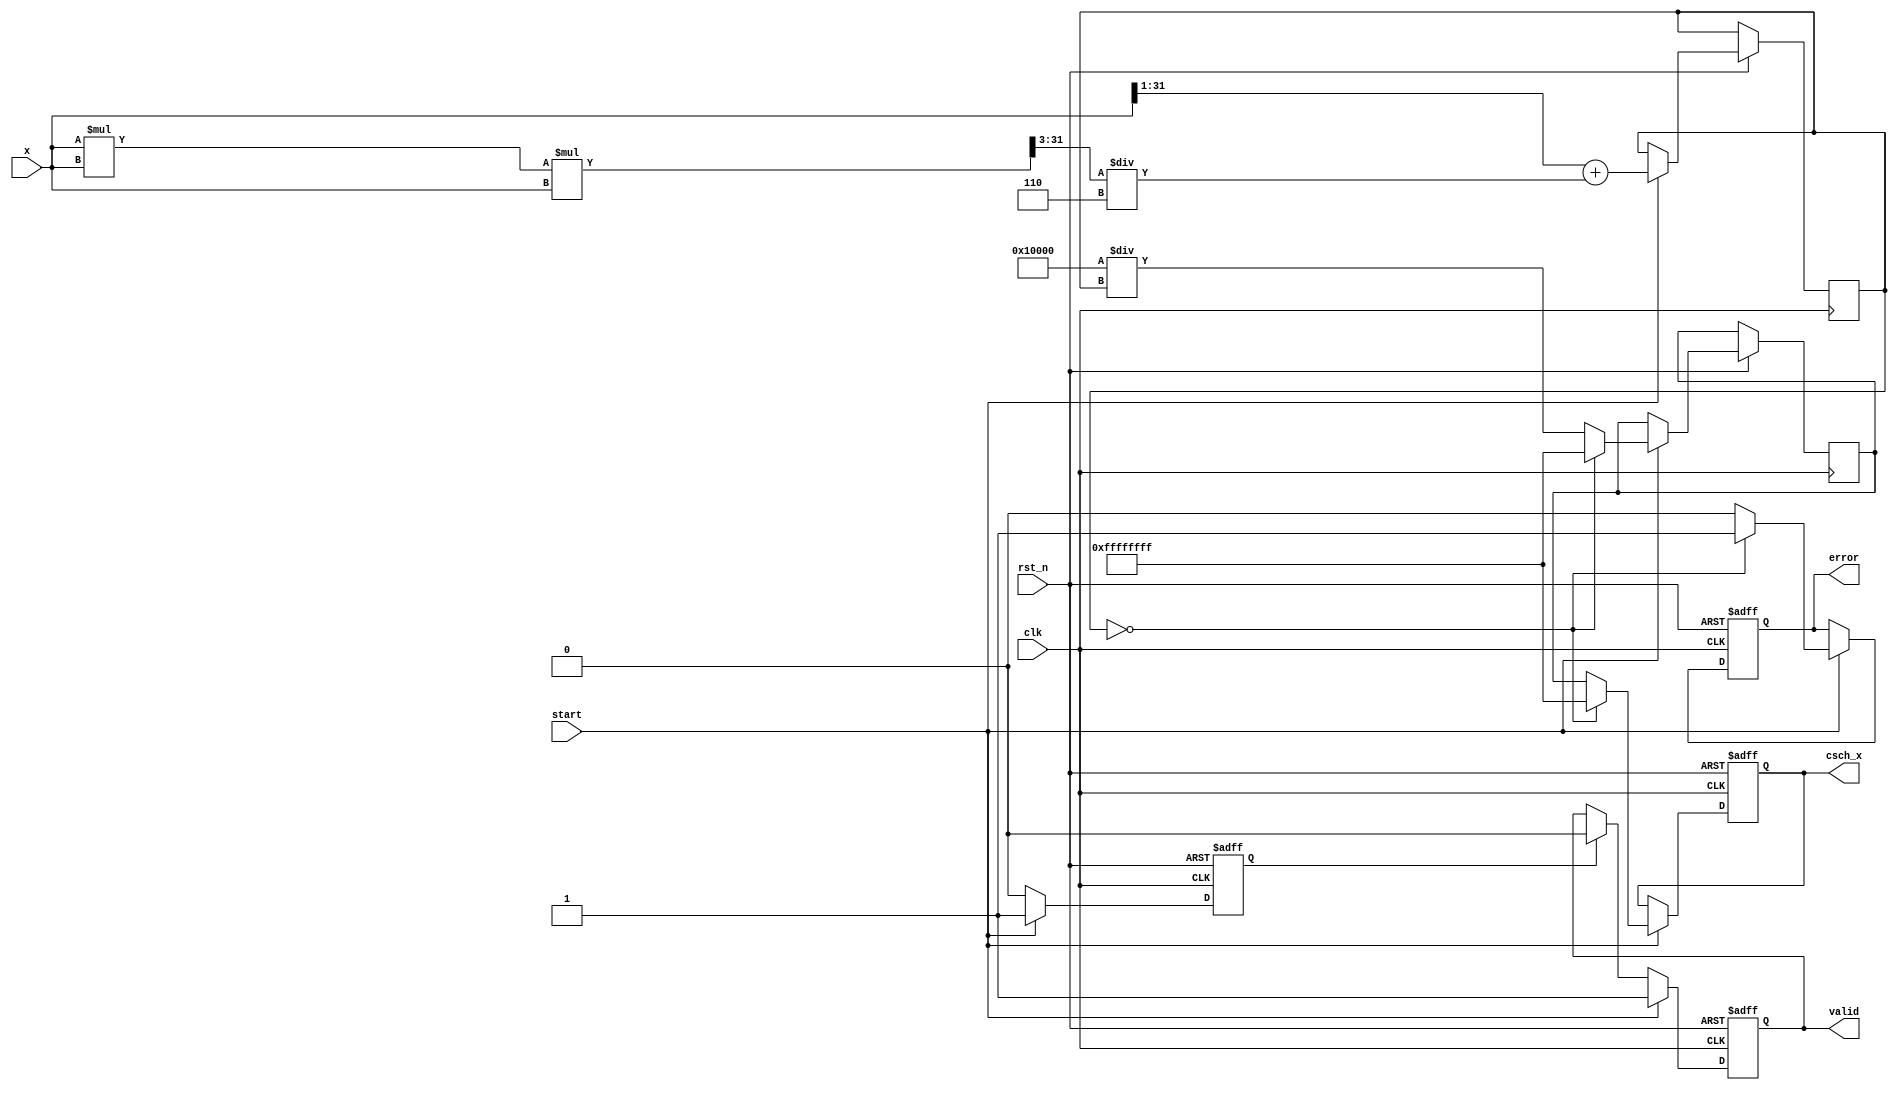
module hyperbolic_cosecant (
    input wire clk,
    input wire rst_n,
    input wire start,
    input wire [31:0] x,          // Fixed-point representation of input x
    output reg [31:0] csch_x,     // Fixed-point representation of csch(x)
    output reg valid,             // Output valid signal
    output reg error              // Error signal
);

    // Parameters
    parameter FIXED_POINT_FRACTIONAL_BITS = 16; // Number of fractional bits in fixed-point representation
    parameter MAX_VALUE = 32'h7FFFFFFF; // Maximum positive value for fixed-point
    parameter MIN_VALUE = 32'h80000000; // Minimum negative value for fixed-point

    // Internal signals
    reg [31:0] sinh_x;
    reg [31:0] sinh_x_inv;
    reg computation_done;

    // Hyperbolic Sine Calculation (sinh)
    function [31:0] sinh;
        input [31:0] x;
        begin
            // Using the formula sinh(x) = (e^x - e^(-x)) / 2
            // Approximate e^x using a Taylor series or other method
            // Here, we will use a simple approximation for demonstration purposes
            sinh = (x >> 1) + (x * x * x >> 3) / 6; // Simplified Taylor expansion for small x
        end
    endfunction

    // Reciprocal Calculation
    function [31:0] reciprocal;
        input [31:0] value;
        begin
            if (value == 0) begin
                reciprocal = 32'hFFFFFFFF; // Indicate error (infinity)
            end else begin
                reciprocal = (1 << FIXED_POINT_FRACTIONAL_BITS) / value; // Fixed-point division
            end
        end
    endfunction

    // Main computation logic
    always @(posedge clk or negedge rst_n) begin
        if (!rst_n) begin
            csch_x <= 32'b0;
            valid <= 1'b0;
            error <= 1'b0;
            computation_done <= 1'b0;
        end else if (start) begin
            // Compute sinh(x)
            sinh_x <= sinh(x);
            // Compute reciprocal of sinh(x)
            sinh_x_inv <= reciprocal(sinh_x);
            
            // Check for error conditions
            if (sinh_x == 0) begin
                error <= 1'b1;
                csch_x <= 32'hFFFFFFFF; // Return an error value (infinity)
            end else begin
                error <= 1'b0;
                csch_x <= sinh_x_inv;
            end
            
            // Indicate that computation is done
            valid <= 1'b1;
            computation_done <= 1'b1;
        end else if (computation_done) begin
            valid <= 1'b0; // Reset valid signal after reading
            computation_done <= 1'b0;
        end
    end

endmodule